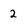
Character: 2